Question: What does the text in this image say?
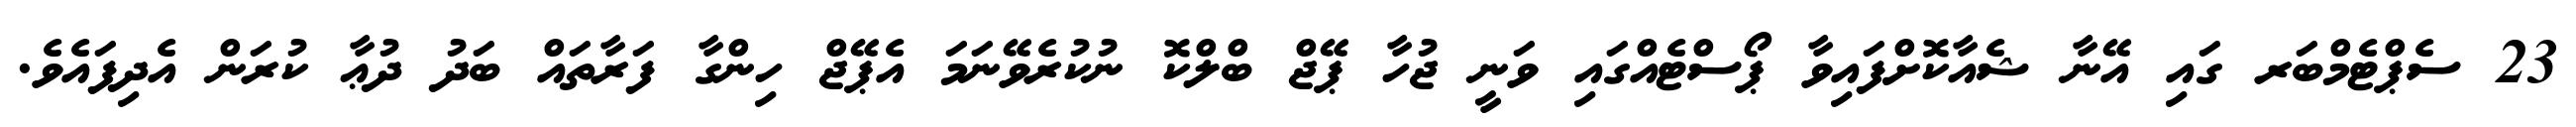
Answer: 23 ސެޕްޓެމްބަރ ގައި އޭނާ ޝެއާކޮށްފައިވާ ޕޯސްޓެއްގައި ވަނީ ޖުހާ ޕޭޖް ބްލްކޮ ނުކުރެވޭނަމަ އެޕޭޖް ހިންގާ ފަރާތައް ބަދު ދުޢާ ކުރަން އެދިފައެވެ.